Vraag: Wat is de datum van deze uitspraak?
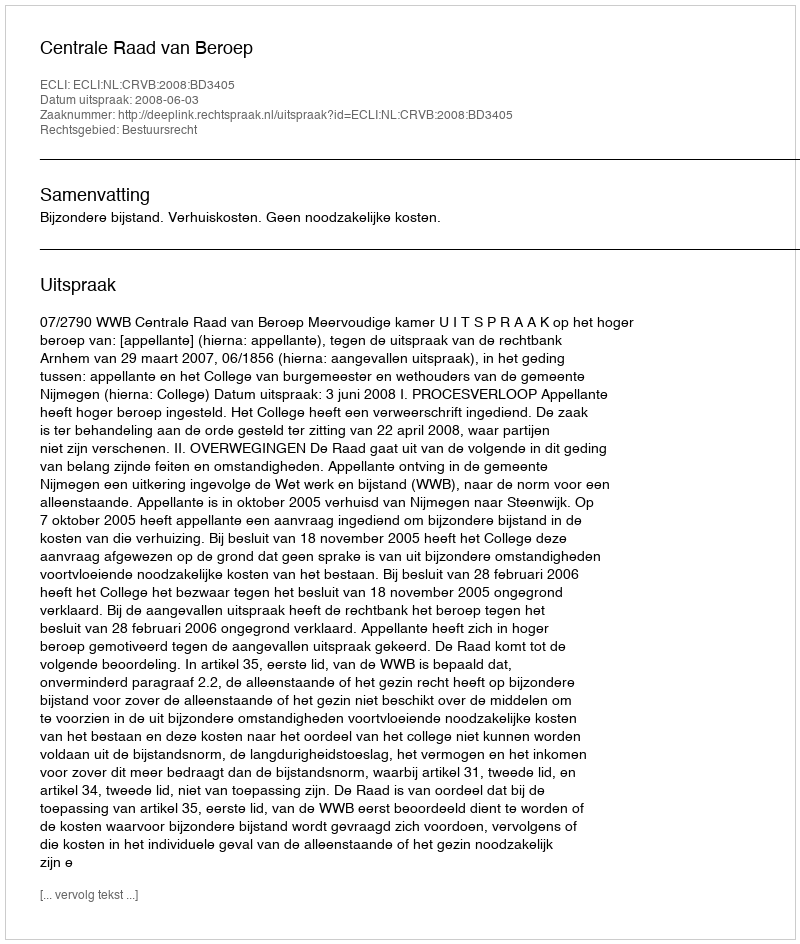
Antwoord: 2008-06-03